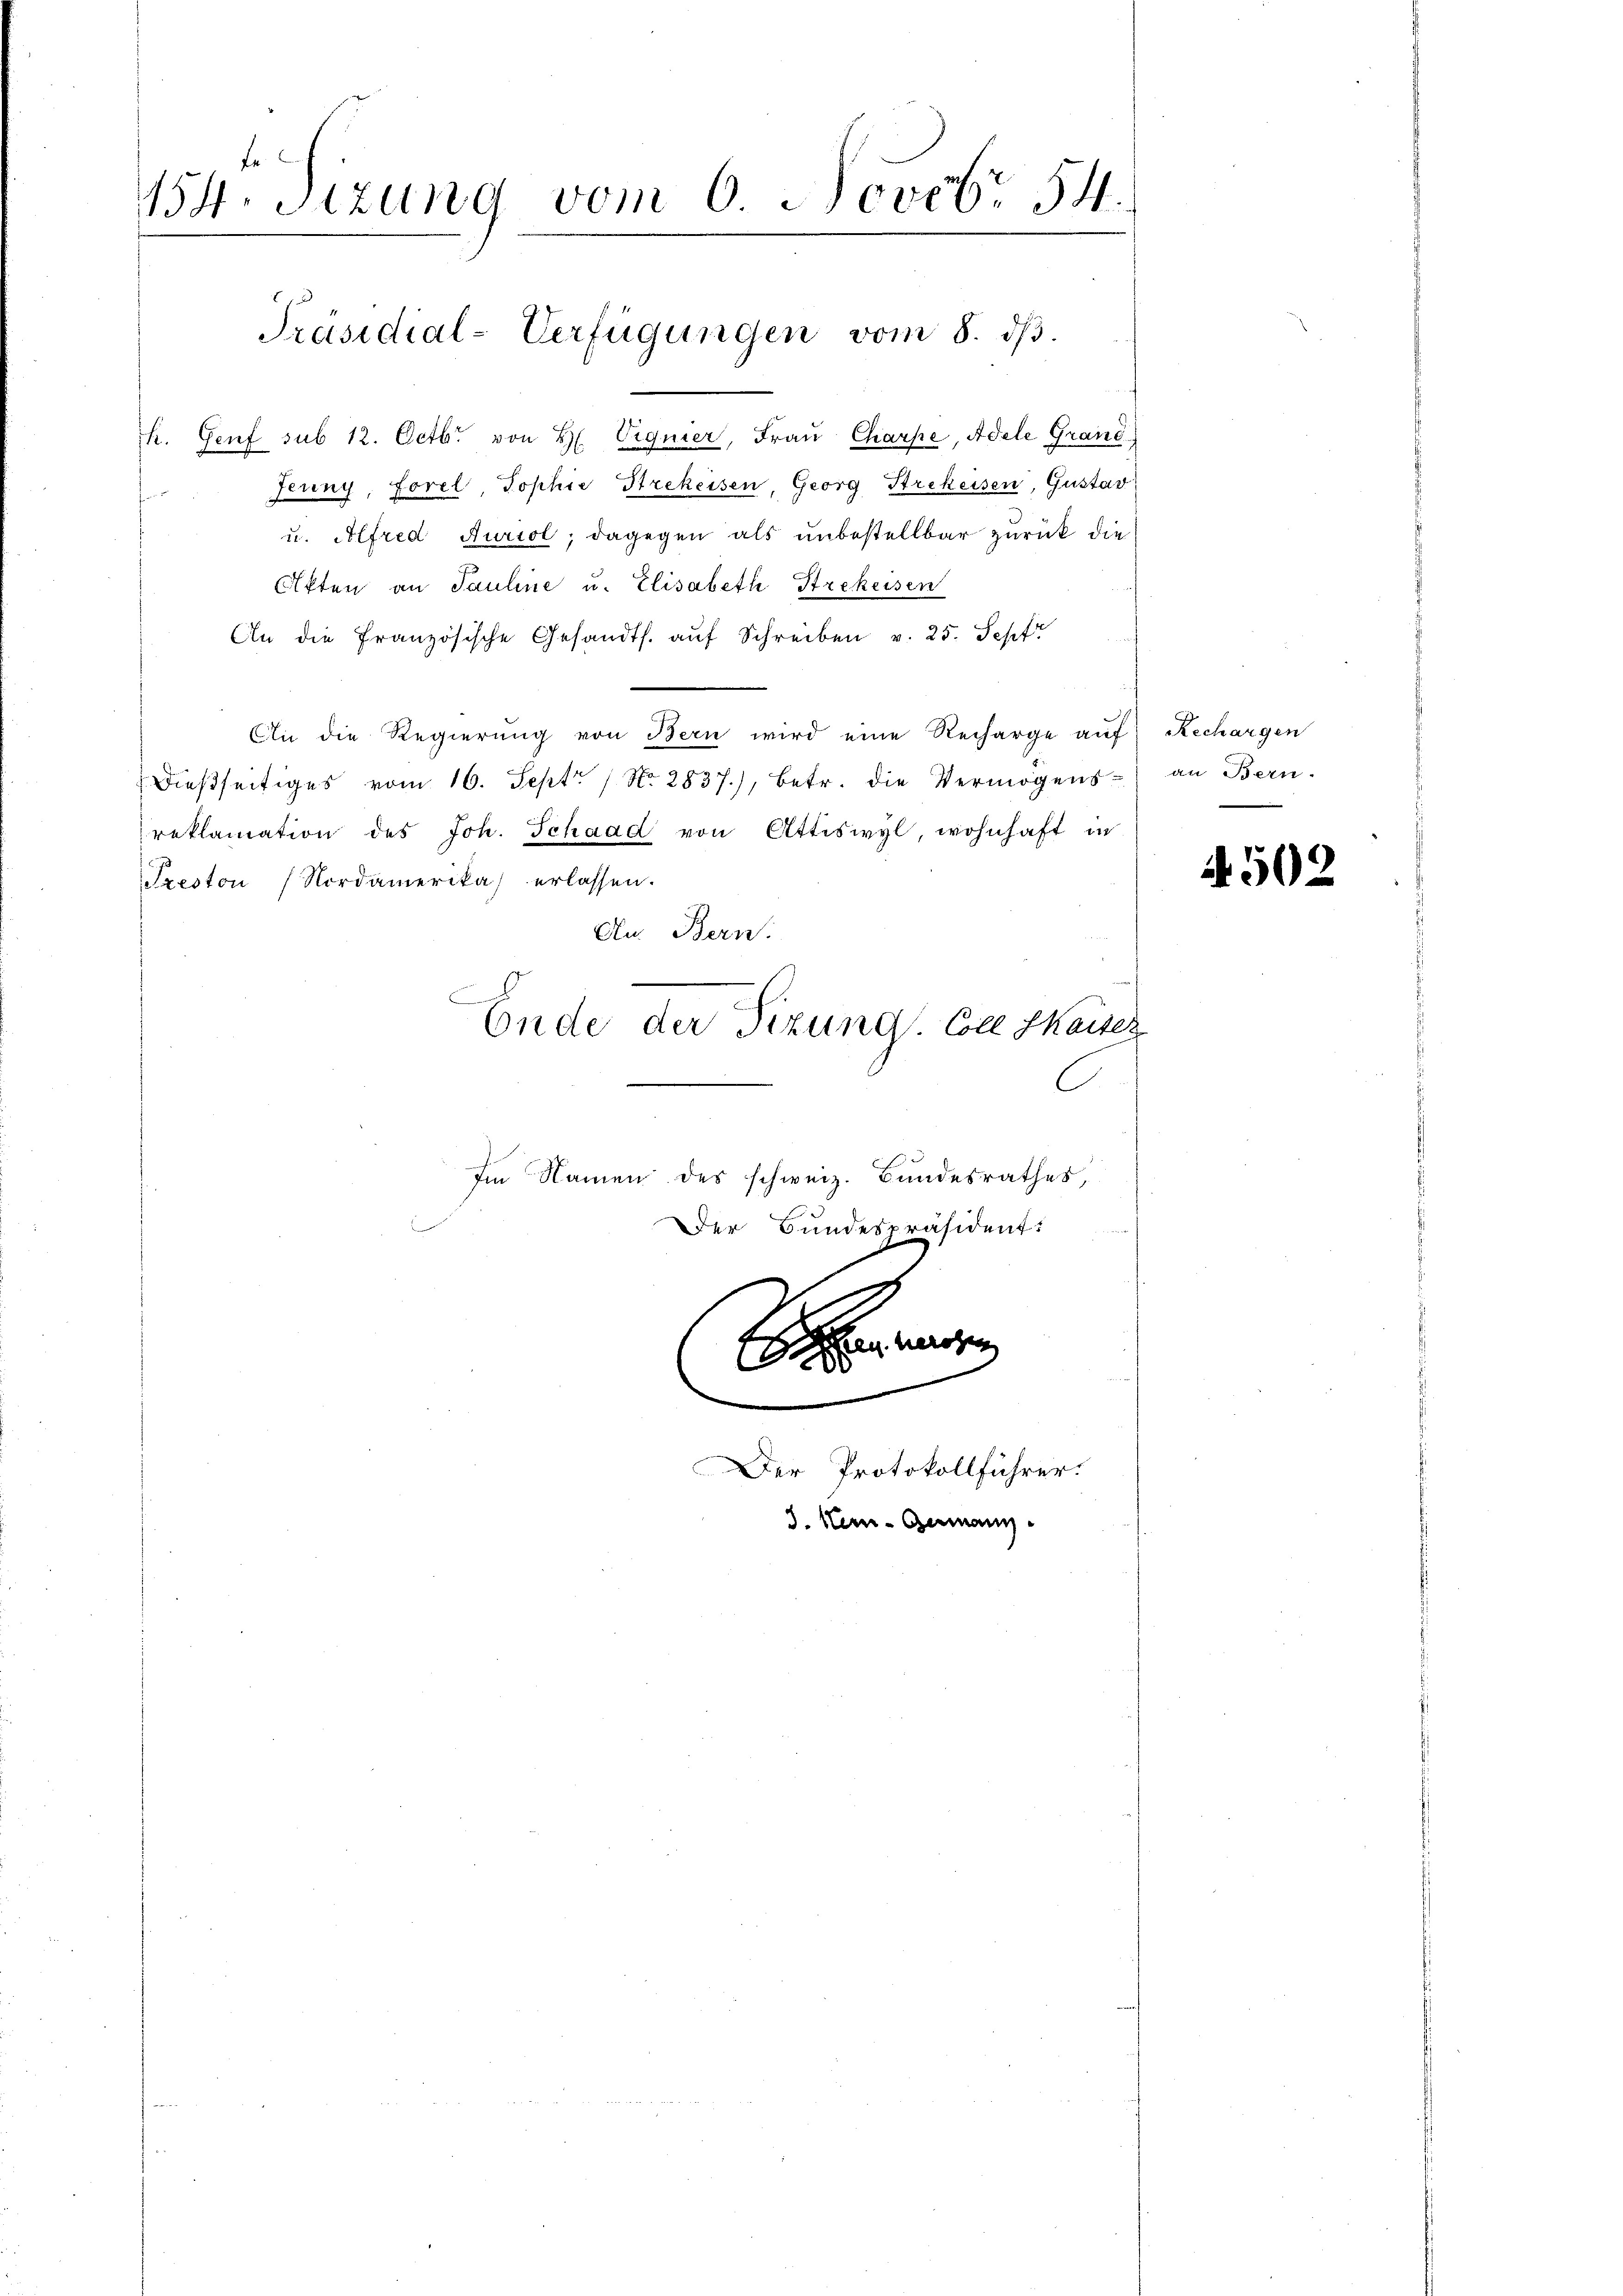
154. Sizung vom 6. Noveb 54.

u. Alfred Auriol; dagegen als unbestellbar zurück die
Akten an Pauline u. Elisabeth Strekeisen
An die französische Gesandts. auf Schreiben v. 25. Sept
An die Regierŭng von Bern wird eine Recharge auf Rechargen
dießseitiges vom 16. Sept. 1 No 2837), betr. die Vermögens an Bern.
reklamation des Joh. Schaad von Attiswyl, wohnhaft in
Treston (Nordamerika) erlassen.
An. Bern.
Ende der Sizung. Coll Saites
C
Im Namen des schweiz. Bundesrathes,
Der Bundespräsident:

Präsidial-Verfügungen vom 8. dβ.
k. Genf sub 12. Octbr. von H. Vignier, Frau Charpe, Adele Grand,
Jenny, Forel, Sophie Strekeisen, Georg Strekeisen, Gustav

e

2
1

.
Der Protokollführer.
3. Hen-Germann

A 502